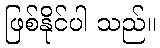
ဖြစ်နိုင်ပါ သည်။